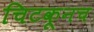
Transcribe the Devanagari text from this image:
चिटकूनच